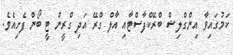
ކަމުގައިވާ އިންގްލިޝް ބްރޭކްފާސްޓާއި އާލް ގްރޭ އަދި ގްރީން ޓީ ބޯން ފެށިއެވެ.